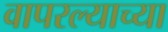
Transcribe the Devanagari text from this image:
वापरल्याच्या